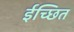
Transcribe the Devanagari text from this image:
ईच्छित